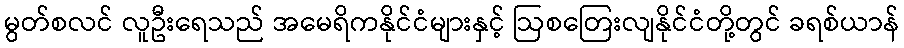
မွတ်စလင် လူဦးရေသည် အမေရိကနိုင်ငံများနှင့် ဩစတြေးလျနိုင်ငံတို့တွင် ခရစ်ယာန်